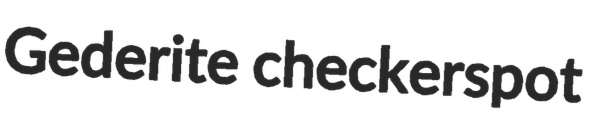
Gederite checkerspot